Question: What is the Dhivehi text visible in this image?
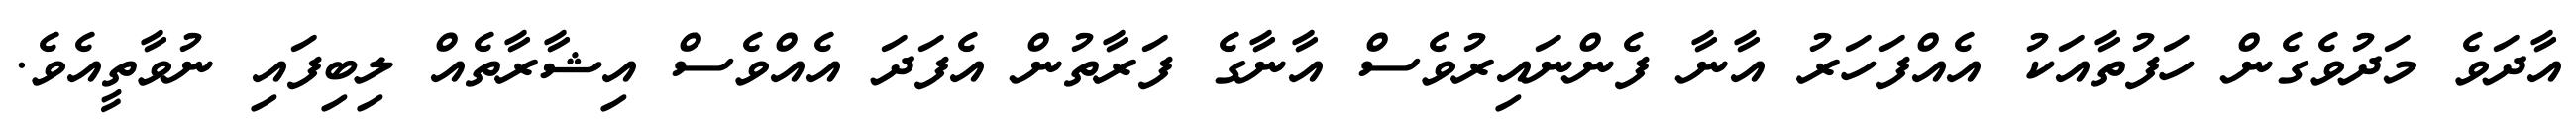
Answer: އާދަވެ މަދުވެގެން ހަފުތާއަކު އެއްފަހަރު އާނާ ފެންނައިރުވެސް އާނާގެ ފަރާތުން އެފަދަ އެއްވެސް އިޝާރާތެއް ލިބިފައި ނުވާތީއެވެ.